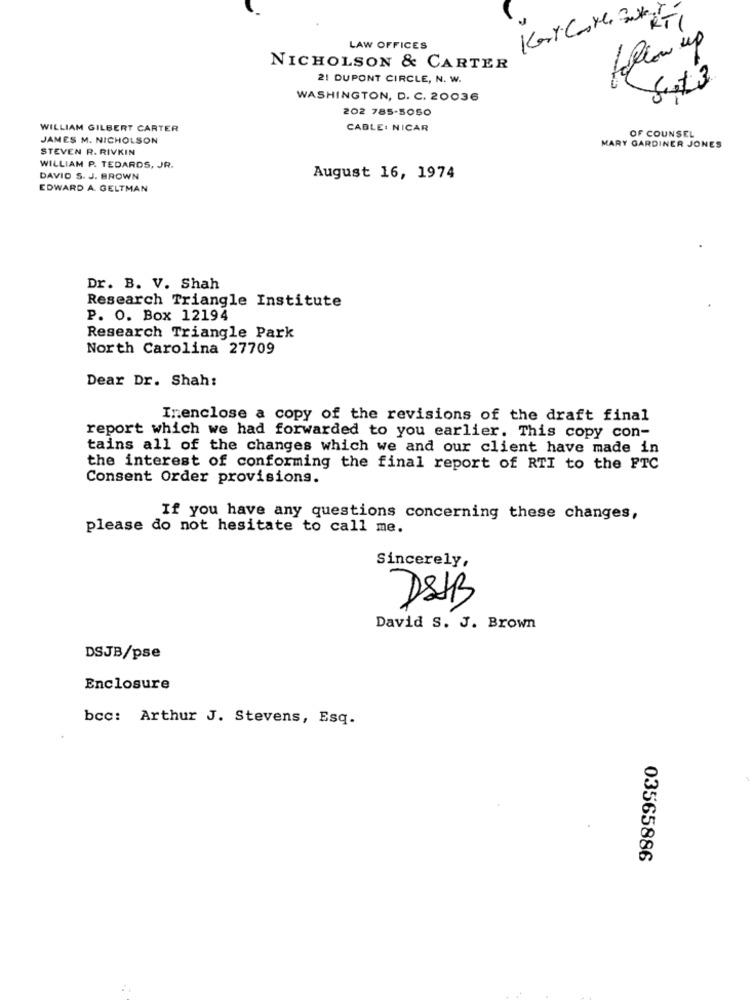
Kercante BuKETT
LAW OFFICES
NICHOLSON & CARTER
21 DUPONT CIRCLE, N. W.
WASHINGTON, D. C. 20036
202 785-5050
WILLIAM GILBERT CARTER
CABLE: NICAR
OF COUNSEL
JAMES M. NICHOLSON
STEVEN R. RIVKIN
MARY GARDINER JONES
WILLIAM P. TEDARDS, JR.
DAVID S. J. BROWN
August 16, 1974
EDWARD A. GELTMAN
Dr. B. V. Shah
Research Triangle Institute
P. O. Box 12194
Research Triangle Park
North Carolina 27709
Dear Dr. Shah:
Inenclose a copy of the revisions of the draft final
report which we had forwarded to you earlier. This copy con-
tains all of the changes which we and our client have made in
the interest of conforming the final report of RTI to the FTC
Consent Order provisions.
If you have any questions concerning these changes,
please do not hesitate to call me.
Sincerely,
DSSB
David S. J. Brown
DSJB/pse
Enclosure
bcc: Arthur J. Stevens, Esq.
03565886